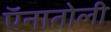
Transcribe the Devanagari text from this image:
ऍनातोली